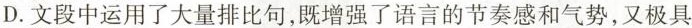
D.文段中运用了大量排比句，既增强了语言的节奏感和气势，又极具